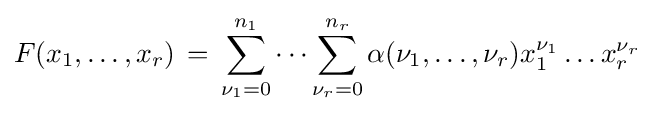
F(x_{1},\ldots ,x_{r})\,=\,\sum \limits _{\nu _{1}=0}^{n_{1}}\cdots \sum \limits _{\nu _{r}=0}^{n_{r}}\alpha (\nu _{1},\ldots ,\nu _{r})x_{1}^{\nu _{1}}\ldots x_{r}^{\nu _{r}}